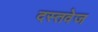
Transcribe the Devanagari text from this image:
दस्तवेज